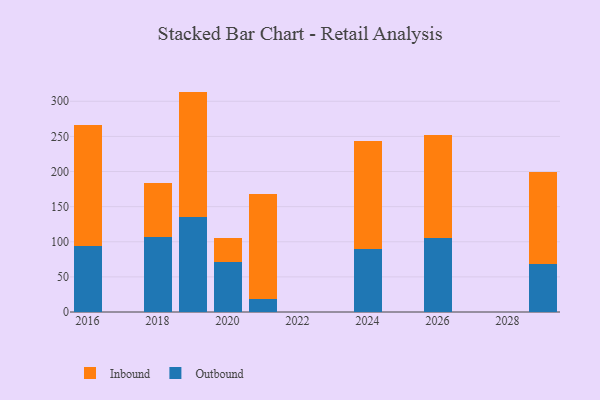
{"axis": {"x": "Year", "y": "Tickets Resolved"}, "legend": ["Inbound", "Outbound"], "data": [{"x": "2021", "y": 18.5, "type": "Outbound"}, {"x": "2021", "y": 149.2, "type": "Inbound"}, {"x": "2018", "y": 106.3, "type": "Outbound"}, {"x": "2018", "y": 77.4, "type": "Inbound"}, {"x": "2029", "y": 68.0, "type": "Outbound"}, {"x": "2029", "y": 131.4, "type": "Inbound"}, {"x": "2024", "y": 89.9, "type": "Outbound"}, {"x": "2024", "y": 153.6, "type": "Inbound"}, {"x": "2019", "y": 134.8, "type": "Outbound"}, {"x": "2019", "y": 179.0, "type": "Inbound"}, {"x": "2016", "y": 94.0, "type": "Outbound"}, {"x": "2016", "y": 172.3, "type": "Inbound"}, {"x": "2020", "y": 71.2, "type": "Outbound"}, {"x": "2020", "y": 34.5, "type": "Inbound"}, {"x": "2026", "y": 105.5, "type": "Outbound"}, {"x": "2026", "y": 146.6, "type": "Inbound"}]}